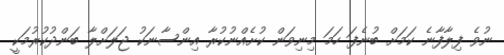
ނުވެ ފިލާފާނެ ކަމަށް ބުނެފަ ހަމަ މިނިވަން ކުށެއްނުކުރާ އިންސާނަކު ޖަލަށްލާ ބަންދުކުރުމަކީ